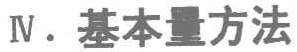
IV. 基本量方法